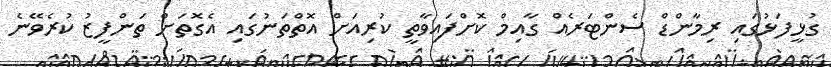
ގުޅީފަޅުގައި ރިމާންޑް ސެންޓަރެއް ގާއިމް ކޮށްފައިވާތީ ކުރިއަށް އޮތްތަނުގައި އެގޮތަށް ތަންފީޒު ކުރެވޭނެ